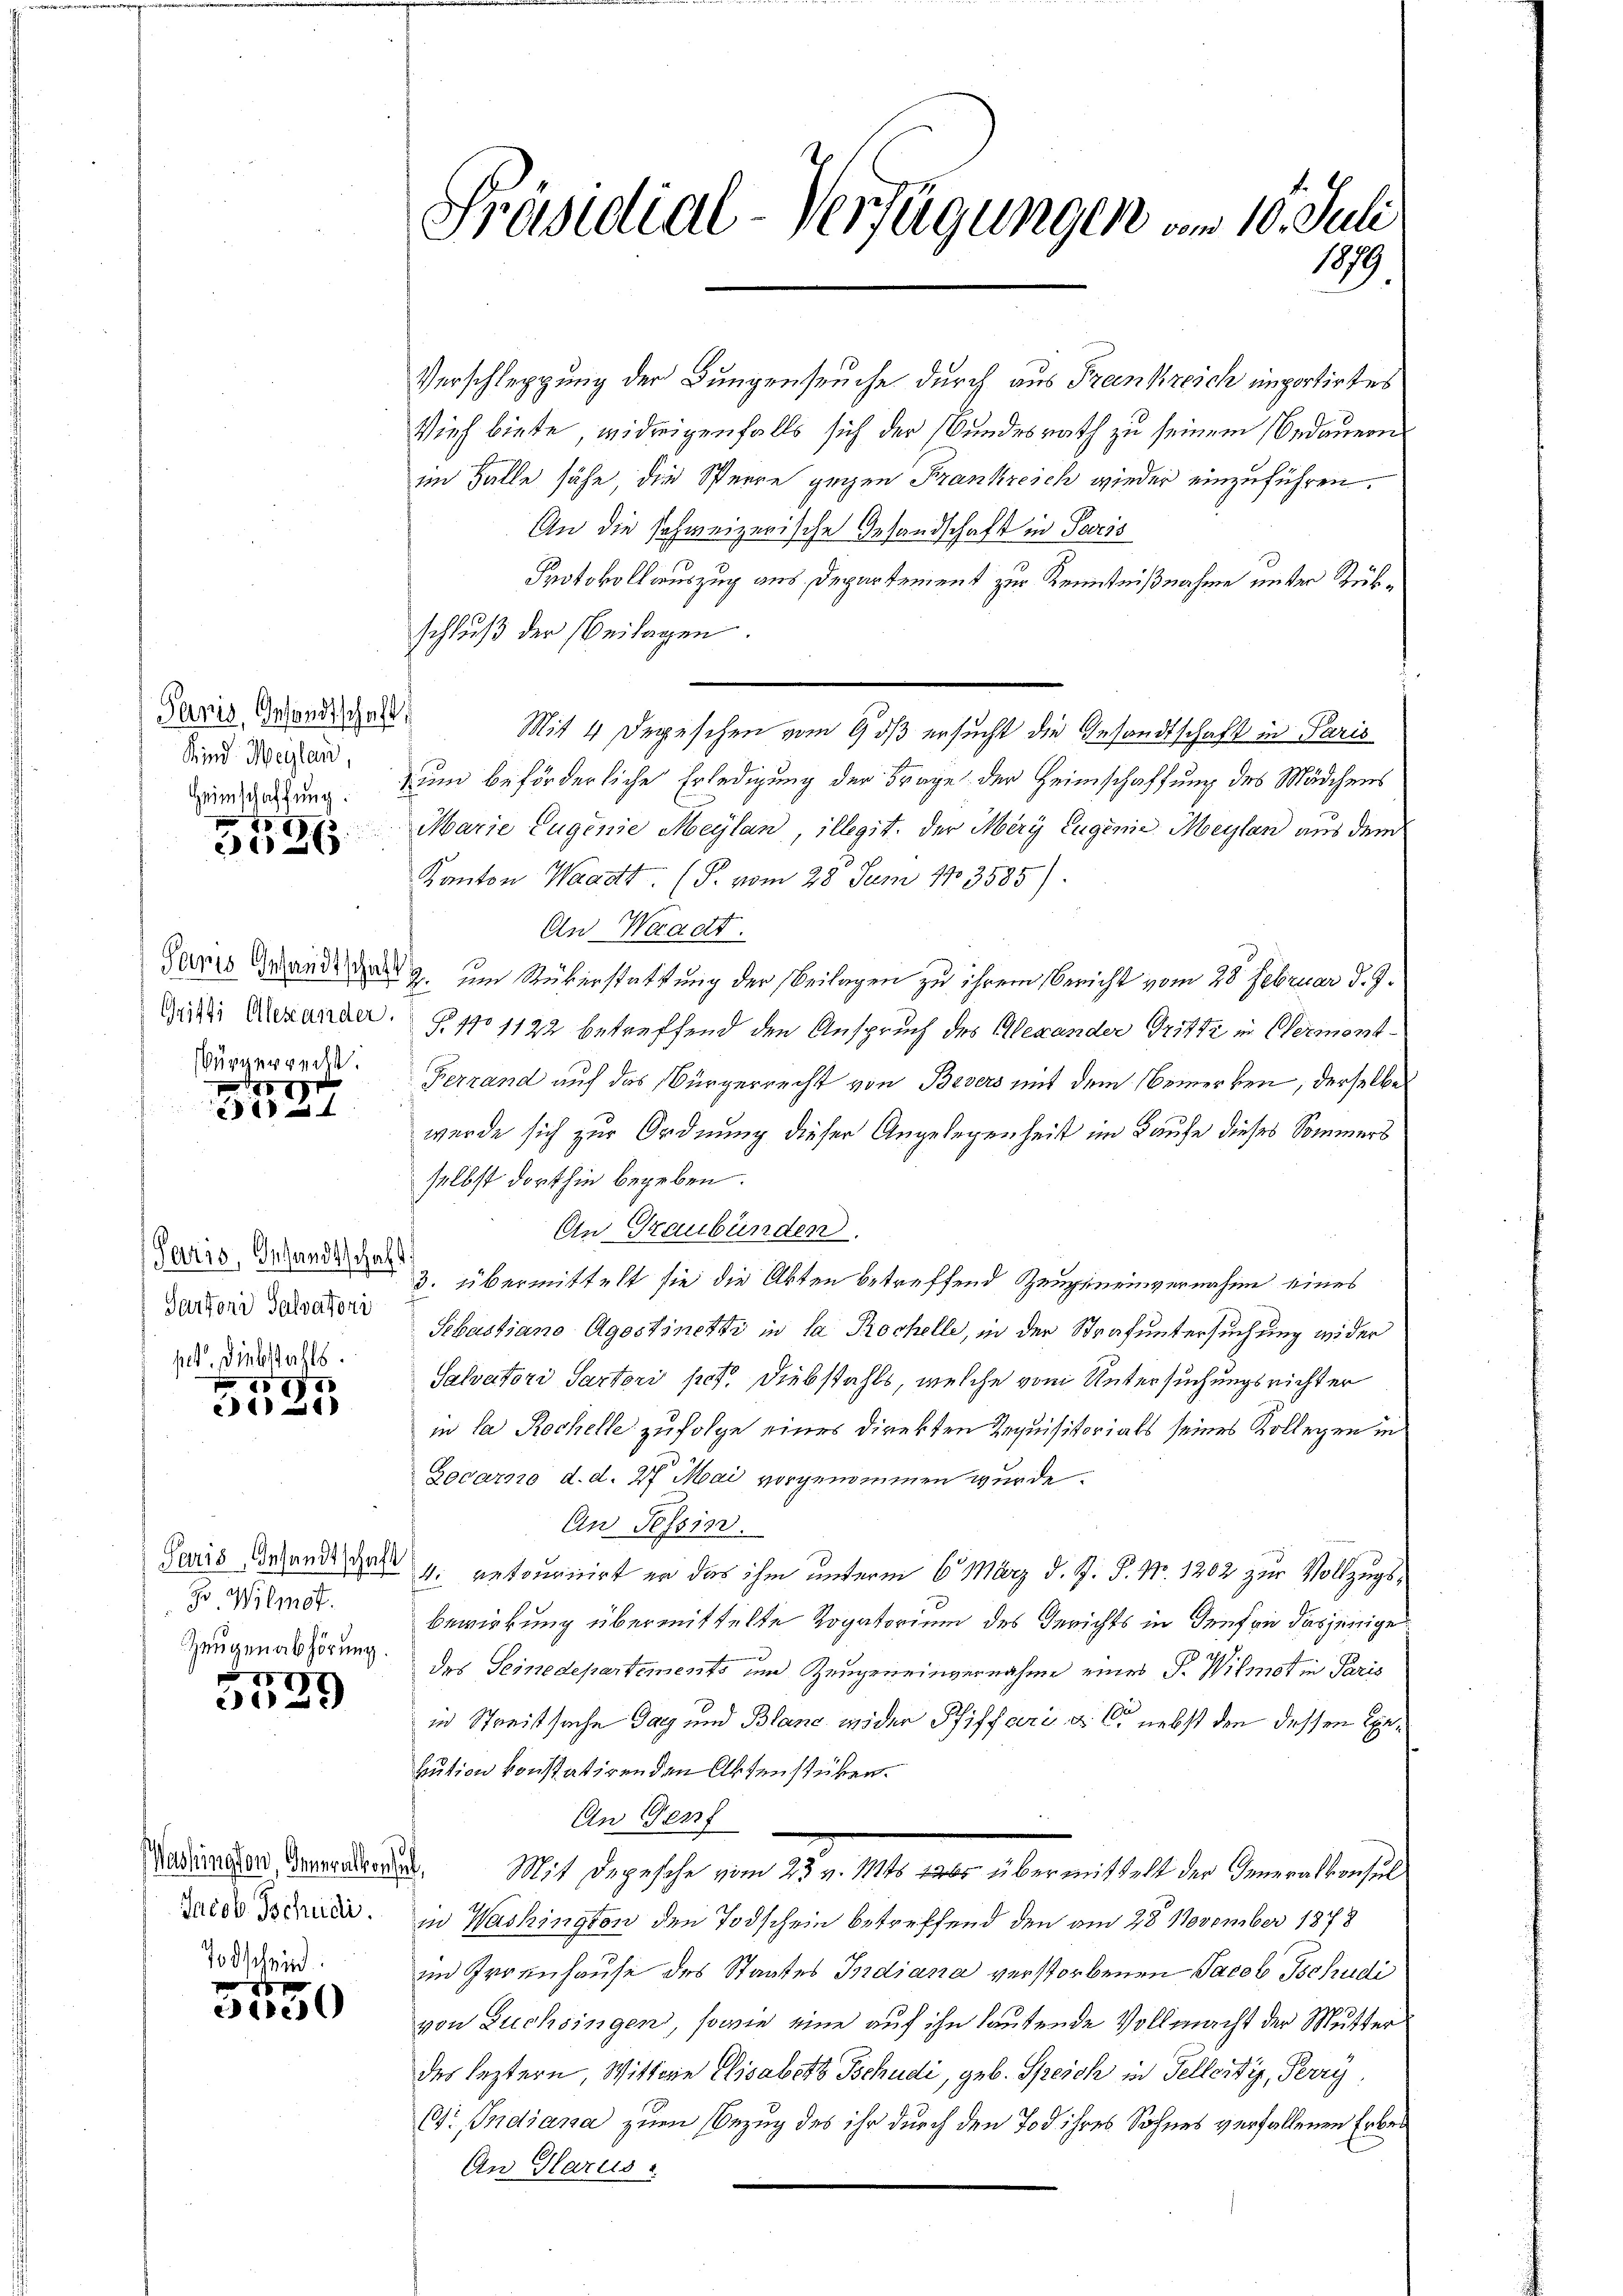
Panis, Gesandtschaft
Kind. Weylan,
Heimschaffung.
8

3026

Gritti Alexander.
Würgerrecht.

Paris, Gesandtschaf
Sartoni Salvatori
pet. Diebstahls.

Ao 17
e121)

Go. Wilmet.
Zeugenabhörung.

197)
 0 x

Jacob Tschudi.

100 schein
2112)

Präsidial-Verfügungen am 10. Juli
1879

Vieh biete, widrigenfalls sich der Bundesrath zu seinem Bedauern
im Falle sähe, die Sperre gegen Frankreich wieder einzuführen.
An die schweizerische Gesandschaft in Pescis
Protokoll auszug aus Departement zur Kenntnißnahme unter Rükschluß der Beilagen.
Mit 4 Depeschen vom 9 dß ersucht die Gesandtschaft in Paris
um beförderliche Erledigung der Frage der Heimschaffung des Mädchens
Marie Eugenie Meylan, illegit, der Mery Eugenie Meylan aus dem
Kanton Waadt. (T. vom 28. Juni 183585).
An Waadt.
Paris Mande das zum Rükerstattung der Beilagen zu ihrem Bericht vom 28. Februar d. 9.
T. No 1122 betreffend den Anspruch des Alexander Gritte in Vermont-
Ferrand auf das Bürgerrecht von Besers mit dem Bemerken, derselbe
wurde sich zur Ordnung dieser Angelegenheit im Kaufe dieses Sommers
selbst dorthin begeben.
An Graubünden.
3. übermittelt sie die Akten betreffend Zeugeneinvernahme eines
Sebastiano Agostinetti in la Prochelle, in der Strafuntersuchung wider
Salvatori Sartori pos. Diebstahls, welche vom Untersuchungsricht er
in la Rochelle zufolge eines Direkten Requisitorials seines Kollegen in
Gocarno d. d. 27. Mai vorgenommen wurde.
An Tessin.
Paris erhande das 4. retournirt er das ihm unterm 6. März d. J. P. Nr. 1202 zur Vollzugs¬
Bewirkung übermittelte Rogatorium des Gerichts in densen dasjenige
des Seinedepartements und Zeugeneinvernahme eines P. Wilmot in Paris
in Streitsache Tag und Blanc wider Pfiffari a le nebst den dessen Exebution konstatirenden Aktenstüken.
An Genf
adirende Bennenden. Mit Depesche vom 23. v. 1824s Erbs übermittelt der Generalkonsul
in Washington den Todschein betreffend den am 28 November 1878
im Irrenhause des Staates Indiana verstorbenen Jacob Tschudi
von Züchsingen, sowie eine auf ihn lautende Vollmacht der Mutter
des leztern, Wittwe Elisabet Tschudi, geb. Speich in Tellerdig, Perry
(t: Indiana zum Bezug des ihr durch den Tod ihres Sohnes verfallenen Erbe¬
An Glarus

Verschleppung der Bungenseuche durch aus Frankreich importirtes